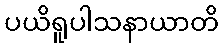
ပယိရူပါသနာယာတိ